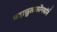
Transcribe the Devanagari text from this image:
महाछुलालोंगकॉर्न